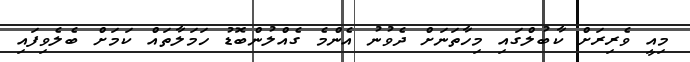
މިއީ ވެރިރަށް ކާބުލްގައި މިހާތަނަށް ދެވުނު އެންމެ ގެއްލުންބޮޑު ހަމަލާތައް ކަމަށް ބެލެވިފައި